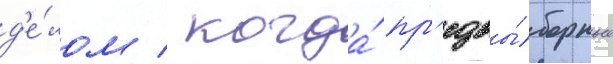
д'е́лом / когда́ пр'едвы́борные